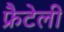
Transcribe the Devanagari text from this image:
फ्रैटेली